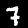
Digit: 7